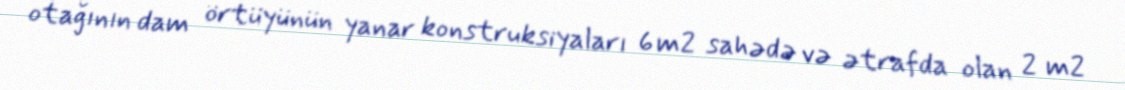
otağının dam örtüyünün yanar konstruksiyaları 6 m2 sahədə və ətrafda olan 2 m2